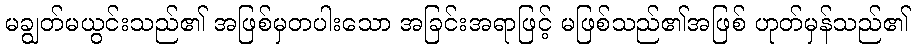
မချွတ်မယွင်းသည်၏ အဖြစ်မှတပါးသော အခြင်းအရာဖြင့် မဖြစ်သည်၏အဖြစ် ဟုတ်မှန်သည်၏